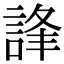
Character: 𧧽